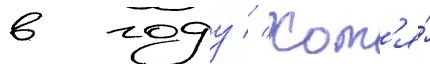
в году // Хот'я́